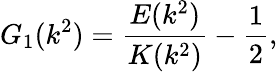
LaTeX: G_{1}(k^{2})=\frac{E(k^{2})}{K(k^{2})}-\frac{1}{2},